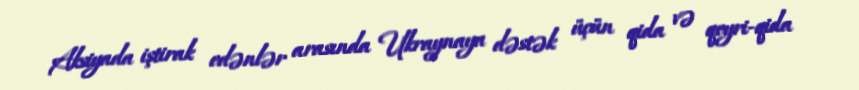
Aksiyada iştirak edənlər arasında Ukraynaya dəstək üçün qida və qeyri-qida